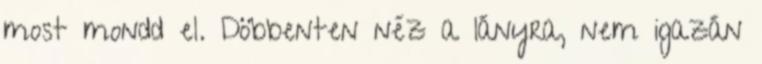
most mondd el. Döbbenten néz a lányra, nem igazán